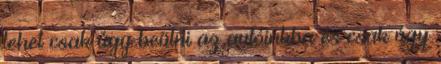
lehet csak úgy beülni az autóinkba és csak úgy